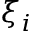
\xi _ { i }